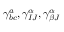
\gamma _ { b c } ^ { a } , \gamma _ { I J } ^ { \alpha } , \gamma _ { \beta J } ^ { \alpha }